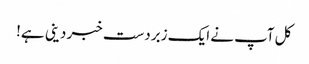
کل آپ نے ایک زبردست خبر دینی ہے!